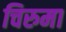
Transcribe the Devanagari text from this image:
चिरुमा